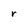
Character: r